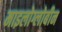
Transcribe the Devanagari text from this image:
माइलोग्लोबीन